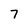
Character: 7